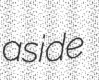
aside